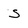
Character: S